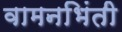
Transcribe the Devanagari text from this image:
वामनभिंती